Vaccination in Bombay 1889-1901 - 1889-1901
Year: 1889
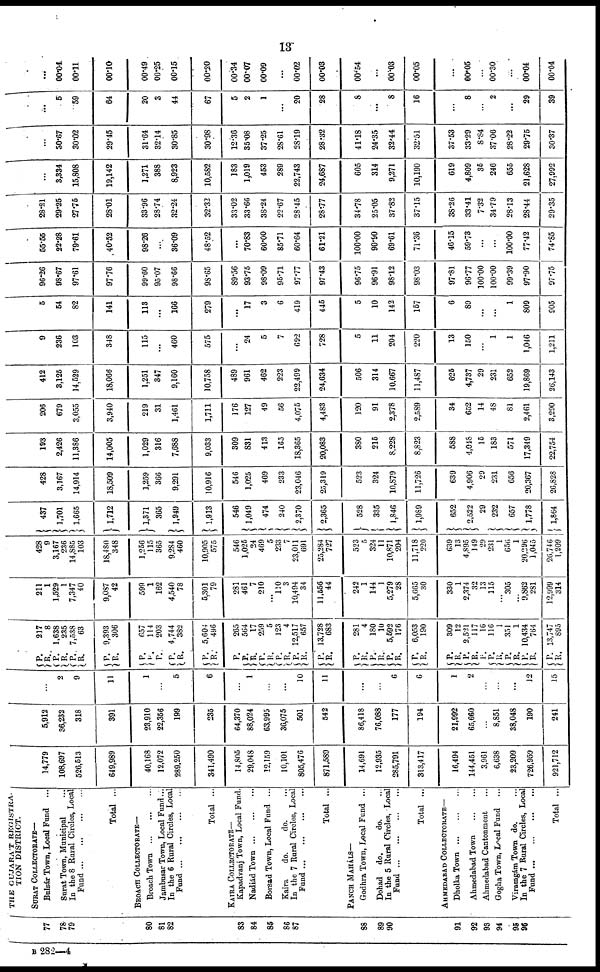
13
77
78
79
80
81
82
83
84
85
86
87
88
89
90
91
92
93
94
95
96
THE GUJARA'T REGISTRA-
TION DISTRICT.
SURAT COLLECTORATE—
Bulsár Town, Local Fund ...
Surat Town, Municipal ...
In the 8 Rural Circles, Local
Fund
...
...
...
...
Total ...
BROACH COLLECTORATE—
Broach Town
...
...
...
Jambusar Town, Local Fund...
In the 6 Rural Circles, Local
Fund
...
...
...
...
Total ...
KAIRA COLLECTORATE—
Kapadvanj Town, Local Fund.
Nadiád Town
...
...
...
Borsad Town, Local Fund ...
Kaira
do.
do. ...
In the 7 Rural Circles, Local
Fund
...
...
...
...
Total ...
PANCH MAHÁLS—
Godhra Town, Local Fund ...
Dohad do.
do. ...
In the 5 Rural Circles, Local
Fund
...
...
...
...
Total ...
AHMEDABAD COLLECTORATE—
Dholka Town
...
...
...
Ahmedabad Town ... ... ...
Ahmedabad Cantonment ...
Gogha Town, Local Fund ...
Viramgám Town do. ...
In the 7 Rural Circles, Local
Fund
...
...
...
...
Total ...
14,779
108,697
526,513
649,989
40,168
12,072
289,250
341,490
14,805
29,048
12,159
10,101
805,476
871,589
14,691
12,935
285,791
313,417
16,494
144,451
3,961
6,638
23,209
726,959
921,712
5,912
36,232
318
391
23,910
22,356
199
235
64,370
88,024
63,995
36,075
501
542
86,418
76,088
177
194
21,992
65,660
...
8,851
38,048
190
241
...
2
9
11
1
...
5
6
...
1
...
...
10
11
...
...
6
6
1
2
...
...
...
12
15
P.
R.
P.
R.
P.
R.
P.
R.
P. R.
P.
P.
R.
P.
R.
P.
P.
R.
P.
R.
P.
R.
P.
R.
P.
R.
P.
R.
P.
R.
P.
R.
P.
R.
P. R.
P.
R. P.
P.
R.
P. R.
P.
R.
P. R.
271 8
1,638
235
7,538
63
9,393
306
657
114
203
4,744
382
5,604
496
265
564
17
259
5
123
4
12,517
657
13,728
683
281
4
180
10
5,592
176
6,053
190
309
12
2,521
117
16
116
1
351
1
10,434
764
13,747
895
211 1
1,529
1
7,347
40
9,087
42
599
1
162
4,540
78
5,301
79
281
461
7
210
...
110
3
10,494
34
11,556
44
242
1
144
1
5,279
28
5,665
30
330
1
2,374
32
13
115
...
305
...
9,862
281
12,999
314
428
9
3,167
236
14,885
103
18,480
348
1,256
115
365
9,284
460
10,905
575
546
1,025
24
469
5
233
7
23,011
691
25,284
727
523
5
324
11
10,871
204
11,718
220
639
13
4,895
149
29
231
1
656
1
20,296
1,045
26,746
1,209
437
1,701
1,665
1,712
1,371
365
1,949
1,913
546
1,049
474
240
2,370
2,365
528
335
1,846
1,989
652
2,522
29
232
657
1,778
1,864
428
3,167
14,914
18,509
1,259
366
9,291
10,916
546
1,025
469
233
23,046
25,319
523
324
10,879
11,726
639
4,906
29
231
656
20,367
26,828
193
2,426
11,386
14,005
1,029
316
7,688
9,033
309
831
413
165
18,365
20,083
380
215
8,228
8,823
588
4,048
15
183
571
17,349
22,754
206
679
3,055
3,940
219
31
1,461
1,711
176
127
49
56
4,075
4,483
120
91
2,378
2,589
34
652
14
48
81
2,461
3,290
412
3,125
14,529
18,066
1,251
347
9,160
10,758
489
961
462
223
22,499
24,634
506
314
10,667
11,487
625
4,737
29
231
652
19,869
26,143
9
236
103
348
115
...
460
575
...
24
5
7
692
728
5
11
204
220
13
150
...
1
1
1,046
1,211
5
54
82
141
113
...
166
279
...
17
3
6
419
445
5
10
142
157
6
89
...
...
1
809
905
96.26
98.67
97.61
97.76
99.60
95.07
98.66
98.65
89.56
93.75
98.09
95.71
97.77
97.43
96.75
96.91
98.12
98.03
97.81
96.77
100.00
100.00
99.39
97.90
97.75
55.55
22.28
79.61
40.52
98.26
...
36.09
48.52
...
70.83
60.00
85.71
60.64
61.21
100.00
90.90
69.61
71.36
46.15
59.73
...
...
100.00
77.42
74.85
28.21
29.25
27.75
28.01
33.96
28.74
32.24
32.32
33.02
33.66
38.24
22.67
28.45
28.77
34.78
25.05
37.82
37.15
38.26
33.41
7.32
34.79
28.13
28.44
29.35
...
3,334
15,808
19,142
1,271
388
8,923
10,582
183
1,019
453
289
22,743
24,687
605
314
9,271
10,190
619
4,809
35
246
655
21,628
27,992
...
30.67
30.02
29.45
31.64
32.14
30.85
30.98
12.36
35.08
37.25
28.61
28.19
28.32
41.18
24.35
32.44
32.51
37.53
33.29
8.84
37.06
28.22
29.75
30.37
...
5
59
64
20
3
44
67
5
2
1
...
20
28
8
...
8
16
...
8
...
2
...
29
39
...
00.04
00.11
00.10
00.49
00.25
00.15
00.20
00.34
00.07
00.09
...
00.02
00.03
00.54
...
00.03
00.05
...
00.05
...
00.30
...
00.04
00.04
B 282—4